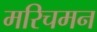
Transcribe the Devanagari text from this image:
मरिचमन